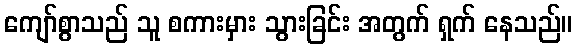
ကျော်စွာသည် သူ စကားမှား သွားခြင်း အတွက် ရှက် နေသည်။